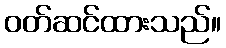
ဝတ်ဆင်ထားသည်။